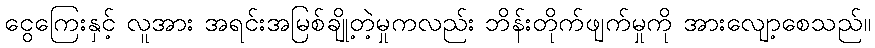
ငွေကြေးနှင့် လူအား အရင်းအမြစ်ချို့တဲ့မှုကလည်း ဘိန်းတိုက်ဖျက်မှုကို အားလျော့စေသည်။